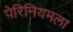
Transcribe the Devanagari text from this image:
पेरिनियमला